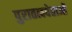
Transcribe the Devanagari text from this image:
पुरातत्ववेताओं